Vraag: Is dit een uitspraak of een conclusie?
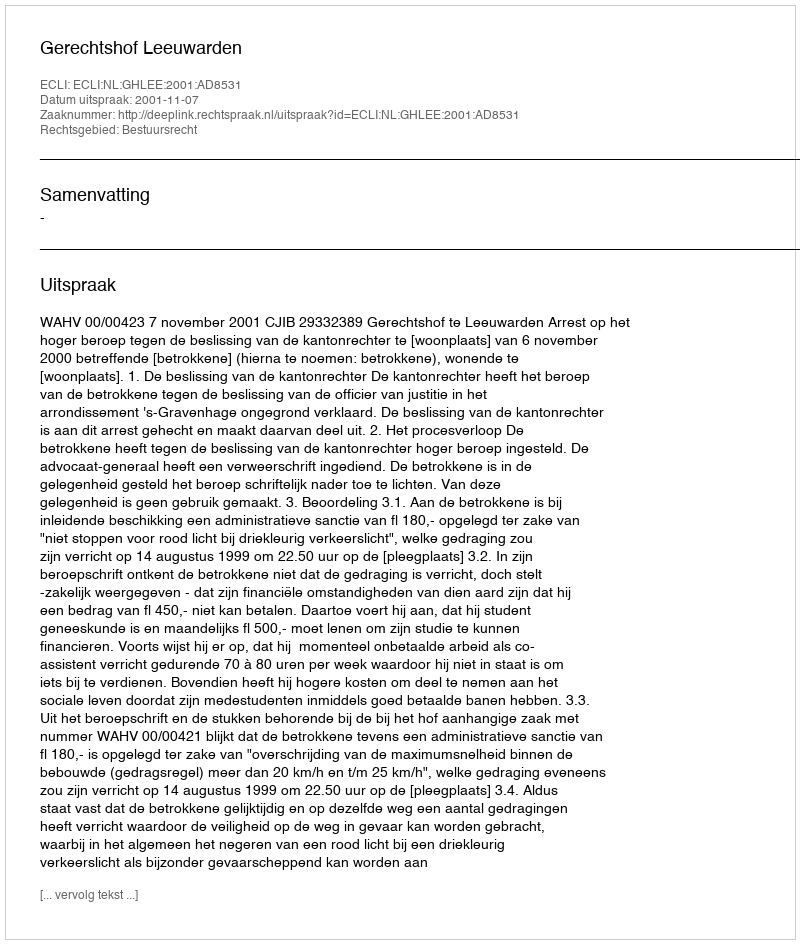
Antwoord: Uitspraak